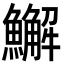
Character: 䲒